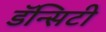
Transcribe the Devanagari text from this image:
डॅन्सिटी